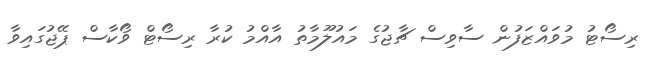
ރިސޯޓު މުވައްޒަފުން ސާވިސް ޗާޖުގެ މައުލޫމާތު އާއްމު ކުރާ ރިސޯޓް ވޯކާސް ޕޭޖުގައިވާ